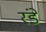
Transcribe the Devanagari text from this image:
रंडे